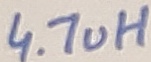
Text: 4.7uH